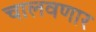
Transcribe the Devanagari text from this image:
चालवणार